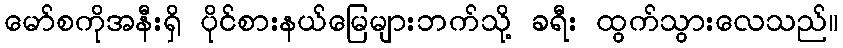
မော်စကိုအနီးရှိ ပိုင်စားနယ်မြေများဘက်သို့ ခရီး ထွက်သွားလေသည်။